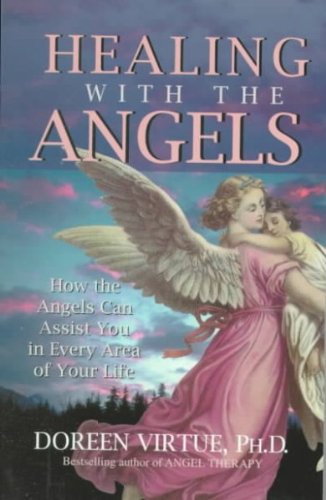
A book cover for Healing with the Angels: How the Angels Can Assist You in Every Area of Your Life; Doreen Virtue; Religion & Spirituality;